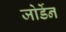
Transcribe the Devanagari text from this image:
जोर्डेन